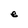
Character: e